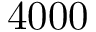
4 0 0 0